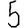
Digit: 5